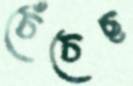
চেঁচেছ